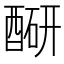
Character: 𬪮